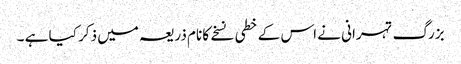
بزرگ تہرانی نے اس کے خطی نسخے کا نام ذریعہ میں ذکر کیا ہے ۔